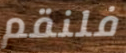
فلنقم